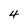
Character: 4